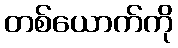
တစ်ယောက်ကို